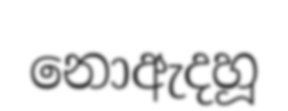
නොඇදහූ